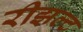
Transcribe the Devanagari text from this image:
रीझल्ट